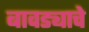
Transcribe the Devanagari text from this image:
बावड्याचे